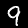
Digit: 9